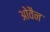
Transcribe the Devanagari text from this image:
ओवैन